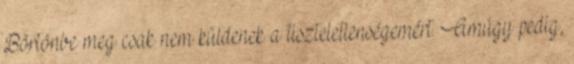
Börtönbe meg csak nem küldenek a tiszteletlenségemért. Amúgy pedig,